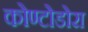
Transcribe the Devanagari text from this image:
कोण्टोडोरा